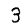
Digit: 3